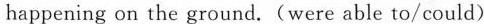
happening on the ground.(were able to/could)